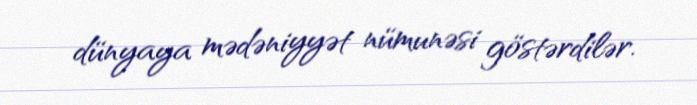
dünyaya mədəniyyət nümunəsi göstərdilər.